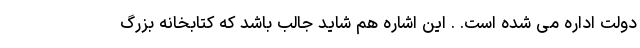
دولت اداره می شده است. . این اشاره هم شاید جالب باشد که کتابخانه بزرگ